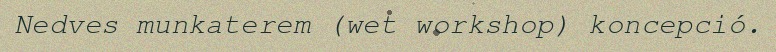
Nedves munkaterem (wet workshop) koncepció.